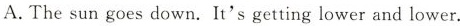
A.The sun goes down.It's getting lower and lower.